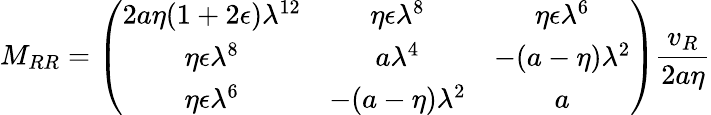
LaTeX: M_{RR}=\left(\begin{array}{ccc}{{2a\eta(1+2\epsilon)\lambda^{12}}}&{{\eta\epsilon\lambda^{8}}}&{{\eta\epsilon\lambda^{6}}}\\ {{\eta\epsilon\lambda^{8}}}&{{a\lambda^{4}}}&{{-(a-\eta)\lambda^{2}}}\\ {{\eta\epsilon\lambda^{6}}}&{{-(a-\eta)\lambda^{2}}}&{{a}}\end{array}\right)\frac{v_{R}}{2a\eta}